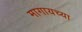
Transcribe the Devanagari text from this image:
मागायच्या